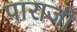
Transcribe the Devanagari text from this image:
पाराजी